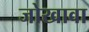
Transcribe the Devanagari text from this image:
जोखावा